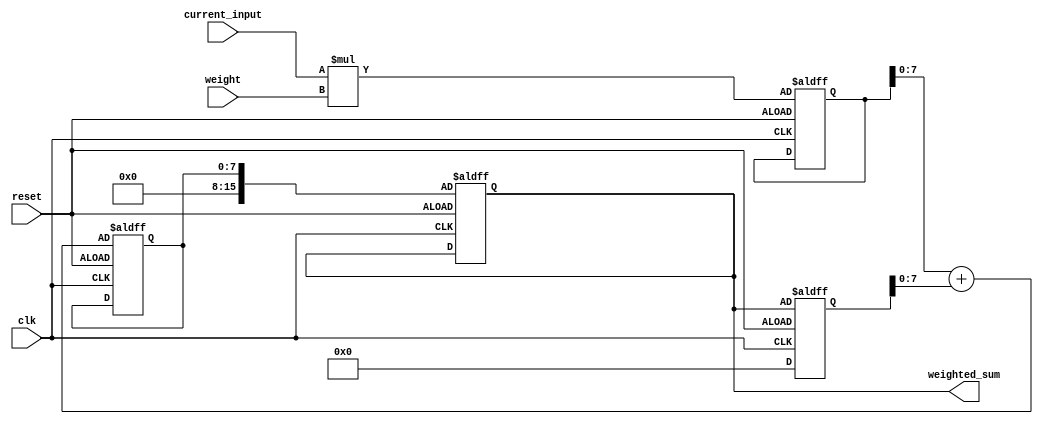
module weighted_average_accumulator (
    input wire clk,
    input wire reset,
    input wire [7:0] current_input,
    input wire [7:0] weight,
    output reg [15:0] weighted_sum
);

reg [15:0] prev_weighted_sum;
reg [7:0] prev_weight_sum;
reg [15:0] weighted_input;
reg [7:0] sum_temp;

always @(posedge clk or negedge reset) begin
    if (reset) begin
        prev_weighted_sum <= 16'd0;
        prev_weight_sum <= 8'd0;
    end else begin
        prev_weighted_sum <= weighted_sum;
        prev_weight_sum <= weight + prev_weight_sum;
        
        weighted_input <= current_input * weight;
        sum_temp <= weighted_input + prev_weighted_sum;
        weighted_sum <= sum_temp;
    end
end

endmodule